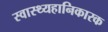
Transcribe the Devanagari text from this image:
स्वास्थ्यहानिकारक